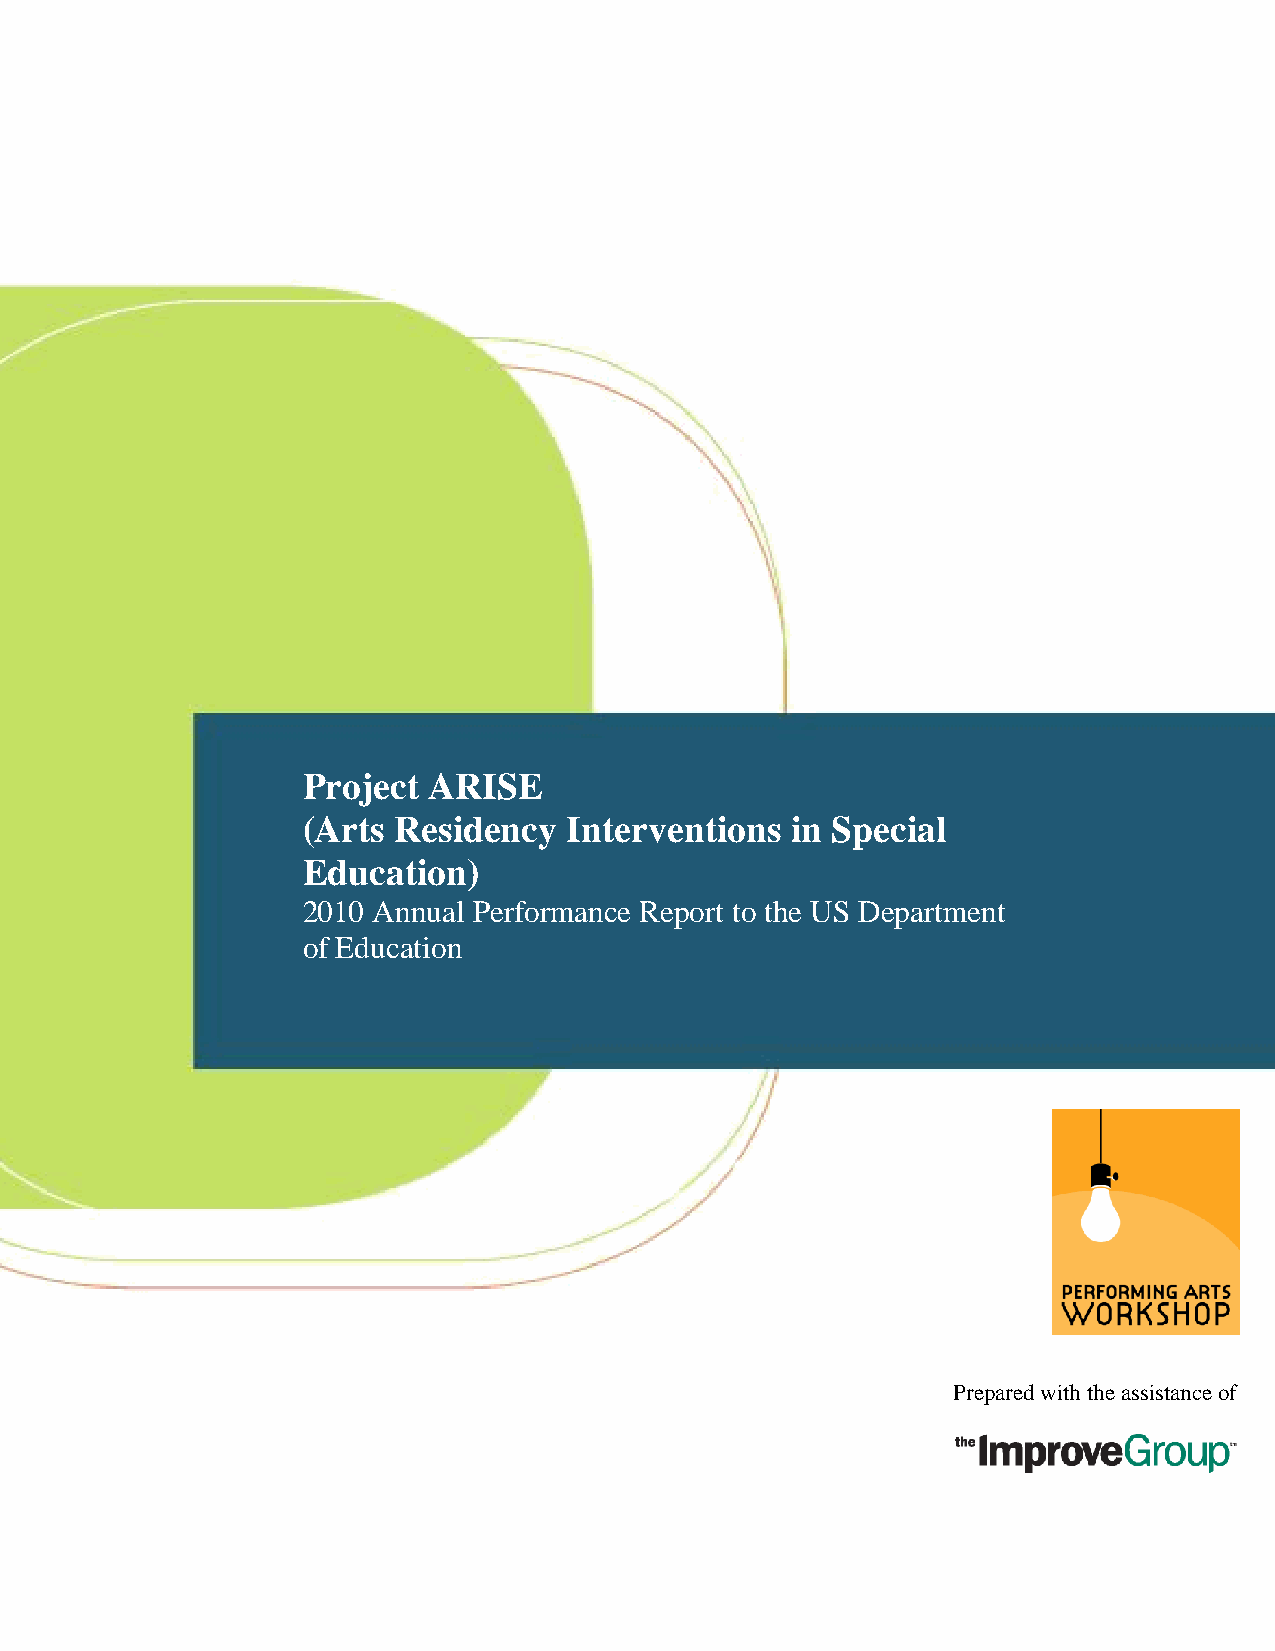
Project ARISE
 (Arts Residency   Interventions in Special
 Education)
 2010 Annual Performance Report to the US Department
 of Education
 September 2010
 Prepared with the assistance of
 Page 1 of 23